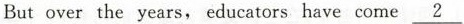
But over the years, educators have come \underline{2}